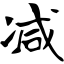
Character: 减